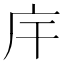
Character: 𢇛